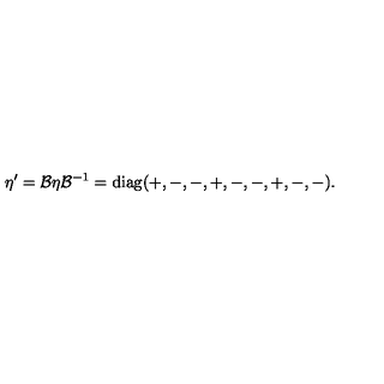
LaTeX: \eta ^ { \prime } = \mathcal { B } \eta \mathcal { B } ^ { - 1 } = \mathrm { d i a g } ( + , - , - , + , - , - , + , - , - ) .